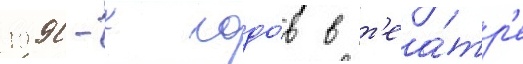
1990-х годо́в в т'еа́тр'е